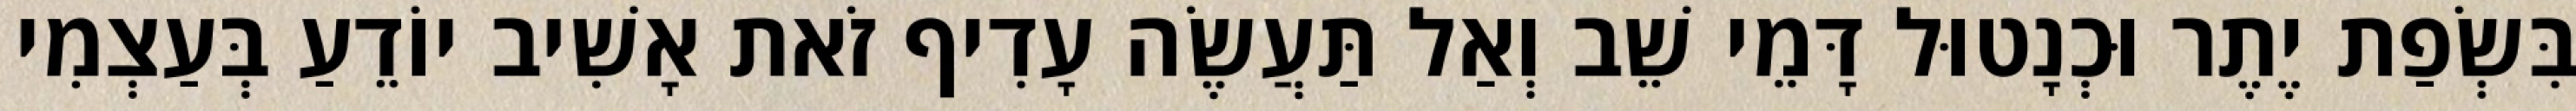
בִּשְׂפַת יֶתֶר וּכְנָטוּל דָּמֵי שֵׁב וְאַל תַּעֲשֶׂה עָדִיף זֹאת אָשִׁיב יוֹדֵעַ בְּעַצְמִי